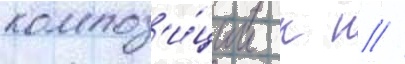
композ'и́ции к н //